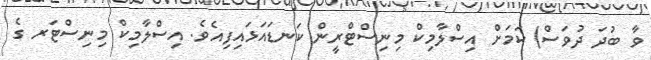
ވާ ބުދަ ދުވަސް) ކަމަށް އިސްލާމިކް މިނިސްޓްރީން ކަނޑަައަޅައިފިއެވެ. އިސްލާމިކް މިނިސްޓަރ ގެ